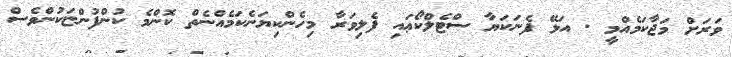
ވަރަށް މަޖާކަމެއްމީ . އަޅޭ ފެނަކަޔާ ސްޓެލްކޯޢައި ފެލިވަރާ މިހެންކިޔަނެކަމެއްނެތް ކޮންމެ ކުންފުންޏަކުންވެސް